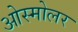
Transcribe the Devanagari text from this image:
ओस्मोलर